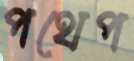
পথেপ